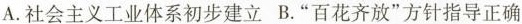
A.社会主义工业体系初步建立B.”百花齐放”方针指导正确